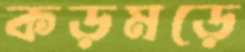
কড়মড়ে